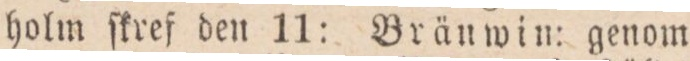
holm ſkref den 11: Bränwin: genom